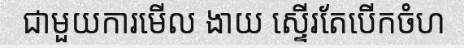
ជាមួយការមើល ងាយ ស្ទើរតែបើកចំហ